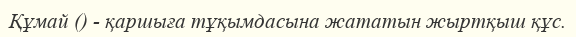
Құмай () - қаршыға тұқымдасына жататын жыртқыш құс.